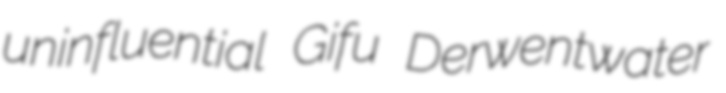
uninfluential Gifu Derwentwater